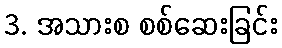
3. အသားစ စစ်ဆေးခြင်း